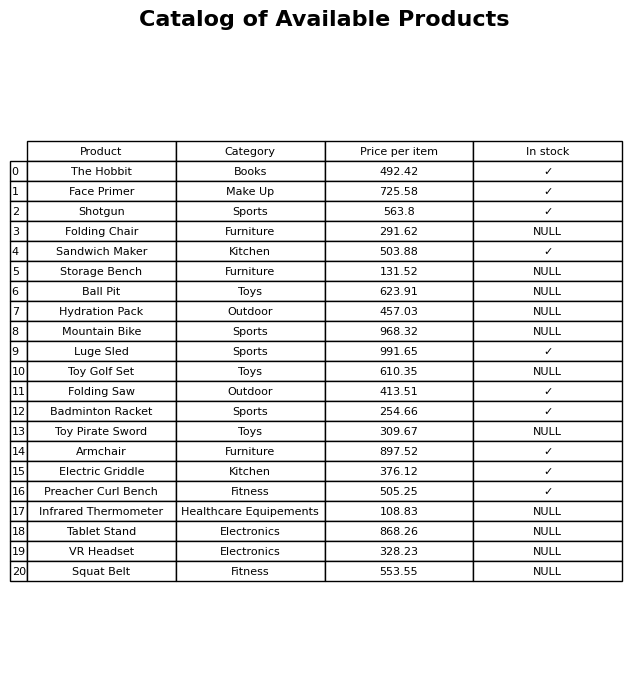
question: What is the price of the The Hobbit?
answer: The price of The Hobbit is 492.42.